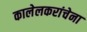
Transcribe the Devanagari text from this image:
कालेलकरांचेना